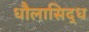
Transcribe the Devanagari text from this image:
धौलासिद्ध